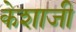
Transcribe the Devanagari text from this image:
केशाजी